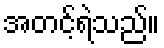
အတင့်ရဲသည်။